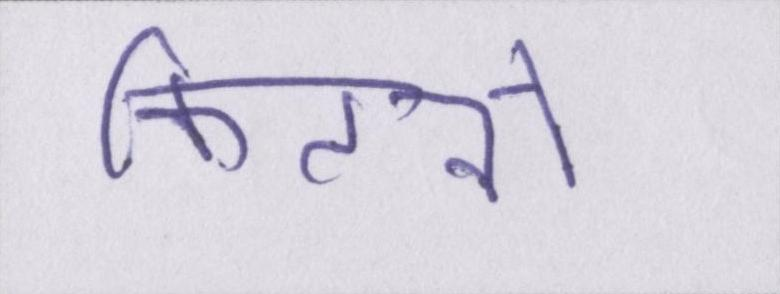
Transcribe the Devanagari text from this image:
कितनों